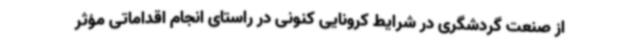
از صنعت گردشگری در شرایط کرونایی کنونی در راستای انجام اقداماتی مؤثر